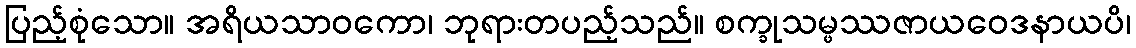
ပြည့်စုံသော။ အရိယသာဝကော၊ ဘုရားတပည့်သည်။ စက္ခုသမ္ဖဿဇာယဝေဒနာယပိ၊